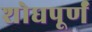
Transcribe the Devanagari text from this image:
शोधपूर्णं